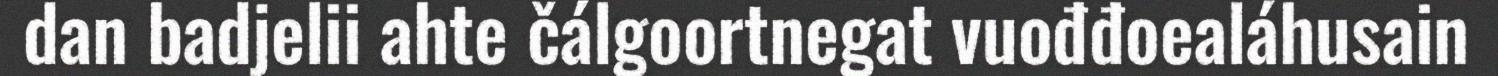
dan badjelii ahte čálgoortnegat vuođđoealáhusain